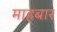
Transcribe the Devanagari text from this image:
माहबार